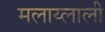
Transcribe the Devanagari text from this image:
मलाय्लाली